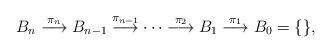
LaTeX: \begin{align*} B_n \stackrel{\pi_n}\longrightarrow B_{n-1} \stackrel{\pi_{n-1}}\longrightarrow \cdots \stackrel{\pi_2}\longrightarrow B_1 \stackrel{\pi_1}\longrightarrow B_0 = \{\},\end{align*}